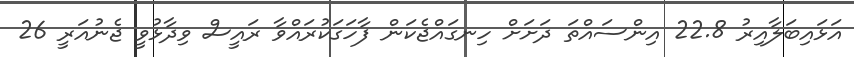
އަޅައިބަލާއިރު 22.8 އިންސައްތަ ދަށަށް ހިނގައްޖެކަން ފާހަގަކުރައްވާ ރައީސް ވިދާޅުވީ ޖެނުއަރީ 26